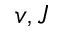
v , J